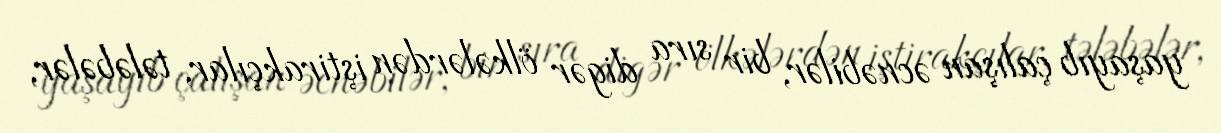
yaşayıb çalışan əcnəbilər, bir sıra digər ölkələrdən iştirakçılar, tələbələr,